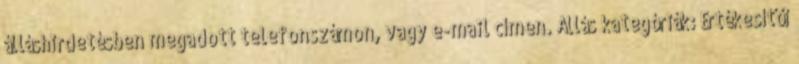
álláshirdetésben megadott telefonszámon, vagy e-mail címen. Állás kategóriák: Értékesítői